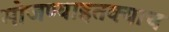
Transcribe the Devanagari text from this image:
मोजण्याइतक्याच